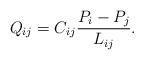
LaTeX: \begin{align*} Q_{ij} = C_{ij} \frac{P_i-P_j}{L_{ij}}.\end{align*}